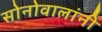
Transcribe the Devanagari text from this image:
सोनोवालांनी